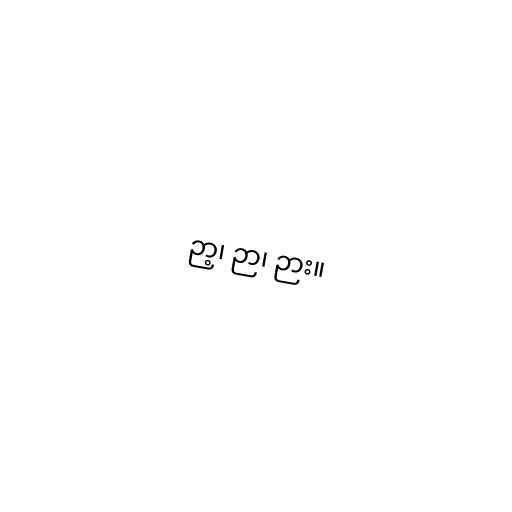
ဉာ့၊ ဉာ၊ ဉား။